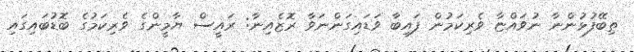
ތިބޭފުޅުންނާ ނުވައްޏާ ވެރިކަމުން ފައިބާ ވަޑައިގަންނަވާ ރޮޒެއިނާ: ރައީސް ޔާމީންގެ ވެރިކަމުގެ ބޮޑުބައިގައި